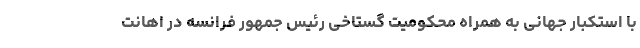
با استکبار جهانی به همراه محکومیت گستاخی رئیس جمهور فرانسه در اهانت